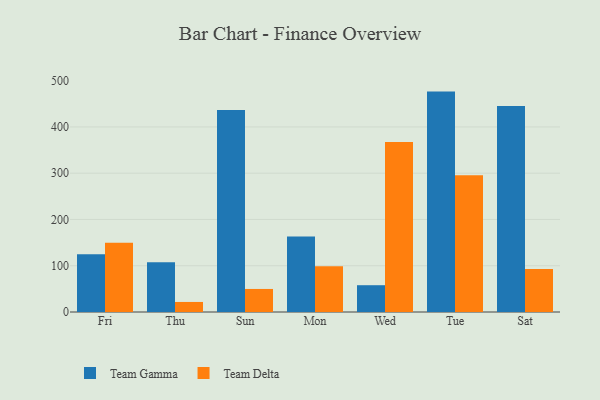
{"axis": {"x": "Day", "y": "Tickets Resolved"}, "legend": ["Team Delta", "Team Gamma"], "data": [{"x": "Fri", "y": 124.9, "type": "Team Gamma"}, {"x": "Fri", "y": 149.7, "type": "Team Delta"}, {"x": "Thu", "y": 107.3, "type": "Team Gamma"}, {"x": "Thu", "y": 21.7, "type": "Team Delta"}, {"x": "Sun", "y": 436.4, "type": "Team Gamma"}, {"x": "Sun", "y": 49.8, "type": "Team Delta"}, {"x": "Mon", "y": 163.3, "type": "Team Gamma"}, {"x": "Mon", "y": 99.1, "type": "Team Delta"}, {"x": "Wed", "y": 57.9, "type": "Team Gamma"}, {"x": "Wed", "y": 367.7, "type": "Team Delta"}, {"x": "Tue", "y": 476.4, "type": "Team Gamma"}, {"x": "Tue", "y": 295.6, "type": "Team Delta"}, {"x": "Sat", "y": 445.2, "type": "Team Gamma"}, {"x": "Sat", "y": 93.0, "type": "Team Delta"}]}